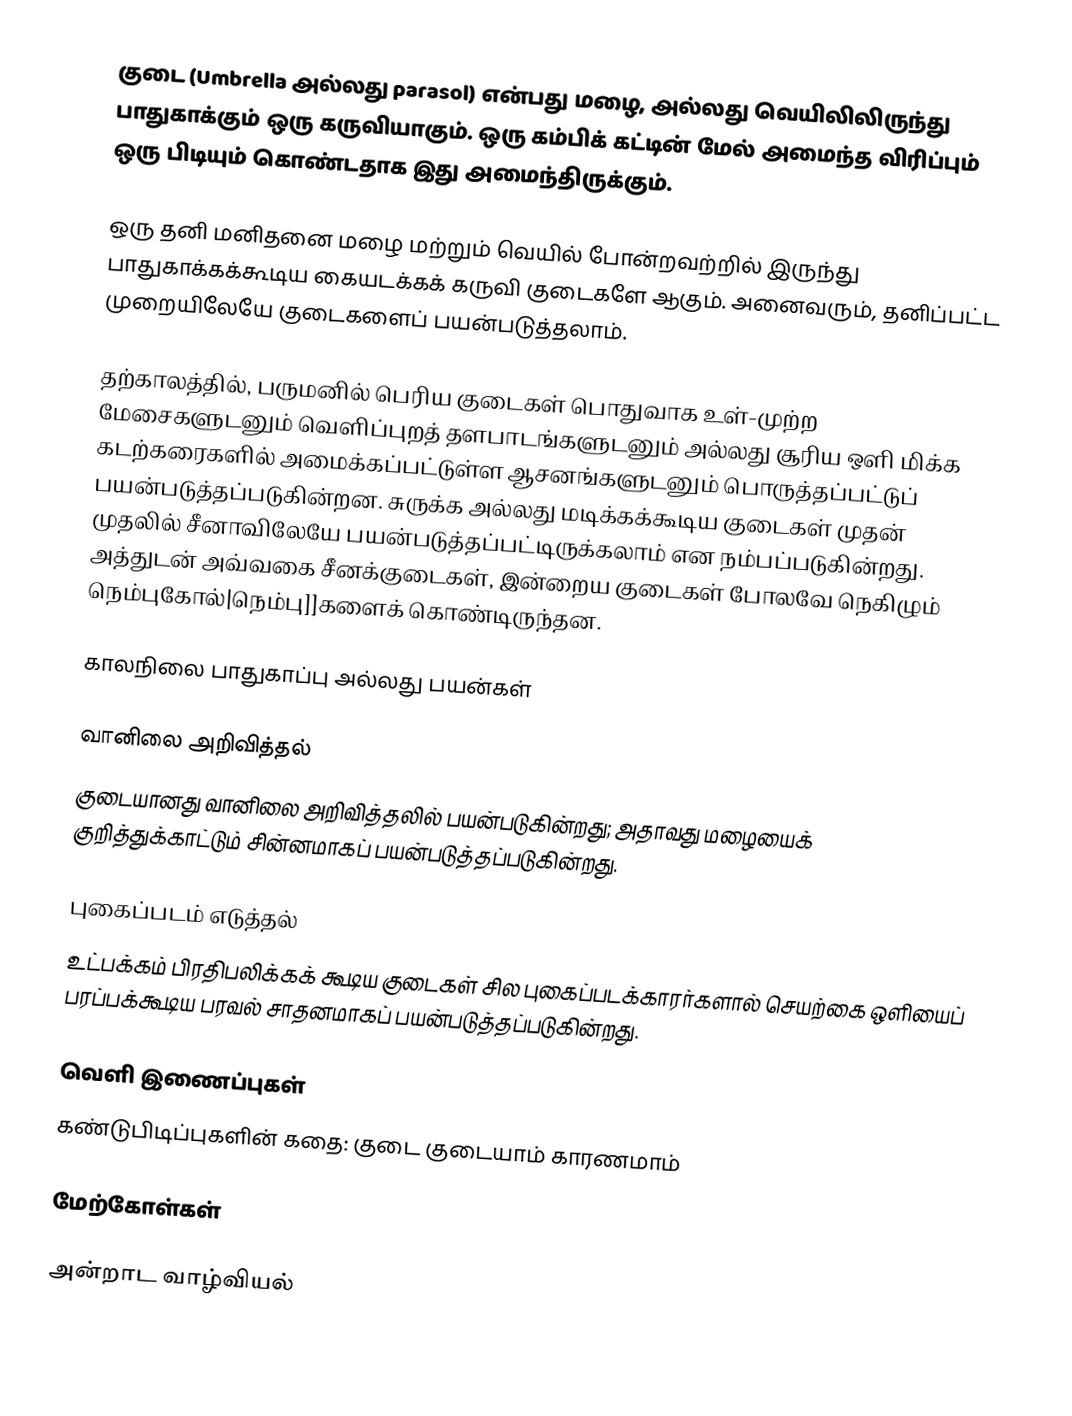
குடை (Umbrella அல்லது parasol) என்பது மழை, அல்லது வெயிலிலிருந்து பாதுகாக்கும் ஒரு கருவியாகும். ஒரு கம்பிக் கட்டின் மேல் அமைந்த விரிப்பும் ஒரு பிடியும் கொண்டதாக இது அமைந்திருக்கும்.

ஒரு தனி மனிதனை மழை மற்றும் வெயில் போன்றவற்றில் இருந்து பாதுகாக்கக்கூடிய கையடக்கக் கருவி குடைகளே ஆகும். அனைவரும், தனிப்பட்ட முறையிலேயே குடைகளைப் பயன்படுத்தலாம்.

தற்காலத்தில், பருமனில் பெரிய குடைகள் பொதுவாக உள்-முற்ற மேசைகளுடனும் வெளிப்புறத் தளபாடங்களுடனும் அல்லது சூரிய ஒளி மிக்க கடற்கரைகளில் அமைக்கப்பட்டுள்ள ஆசனங்களுடனும் பொருத்தப்பட்டுப் பயன்படுத்தப்படுகின்றன. சுருக்க அல்லது மடிக்கக்கூடிய குடைகள் முதன் முதலில் சீனாவிலேயே பயன்படுத்தப்பட்டிருக்கலாம் என நம்பப்படுகின்றது. அத்துடன் அவ்வகை சீனக்குடைகள், இன்றைய குடைகள் போலவே நெகிழும் நெம்புகோல்|நெம்பு]]களைக் கொண்டிருந்தன.

காலநிலை பாதுகாப்பு அல்லது பயன்கள்

வானிலை அறிவித்தல்
குடையானது வானிலை அறிவித்தலில் பயன்படுகின்றது; அதாவது மழையைக் குறித்துக்காட்டும் சின்னமாகப் பயன்படுத்தப்படுகின்றது.

புகைப்படம் எடுத்தல்
உட்பக்கம் பிரதிபலிக்கக் கூடிய குடைகள் சில புகைப்படக்காரர்களால் செயற்கை ஒளியைப் பரப்பக்கூடிய பரவல் சாதனமாகப் பயன்படுத்தப்படுகின்றது.

வெளி இணைப்புகள்
கண்டுபிடிப்புகளின் கதை: குடை குடையாம் காரணமாம்

மேற்கோள்கள்

அன்றாட வாழ்வியல்